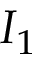
I _ { 1 }